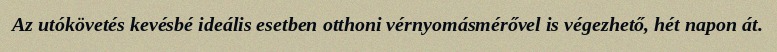
Az utókövetés kevésbé ideális esetben otthoni vérnyomásmérővel is végezhető, hét napon át.